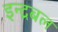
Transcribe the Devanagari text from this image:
इन्द्रबल